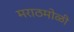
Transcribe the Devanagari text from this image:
मराठमोळी